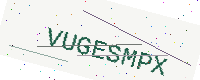
Text: VUGESMPX